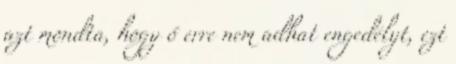
azt mondta, hogy ő erre nem adhat engedélyt, ezt